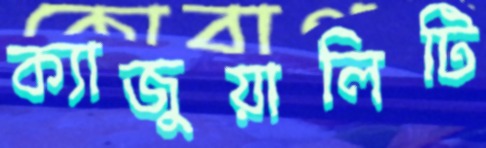
ক্যাজুয়ালিটি